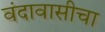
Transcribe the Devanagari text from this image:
वंदावासीचा